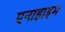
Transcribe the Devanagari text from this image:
एनाहाइम